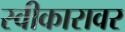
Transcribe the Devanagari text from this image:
स्वीकारावर